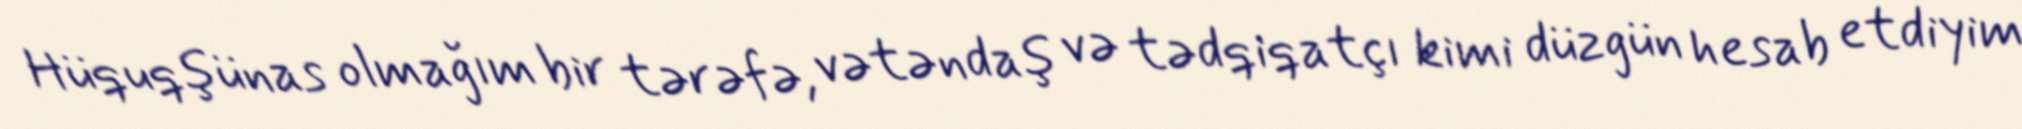
Hüquqşünas olmağım bir tərəfə, vətəndaş və tədqiqatçı kimi düzgün hesab etdiyim